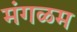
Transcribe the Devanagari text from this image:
मंगळम